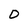
Character: 0